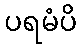
ပရမံပိ